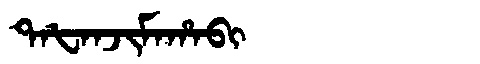
Manchu: ᡨᠠᡶᠠᠨᠵᡳᠮᠠᡥᠠᠪᡳ
Romanization: TAFANJIMAHABI